Physiological action of certain drugs in tablet form - Number 52A
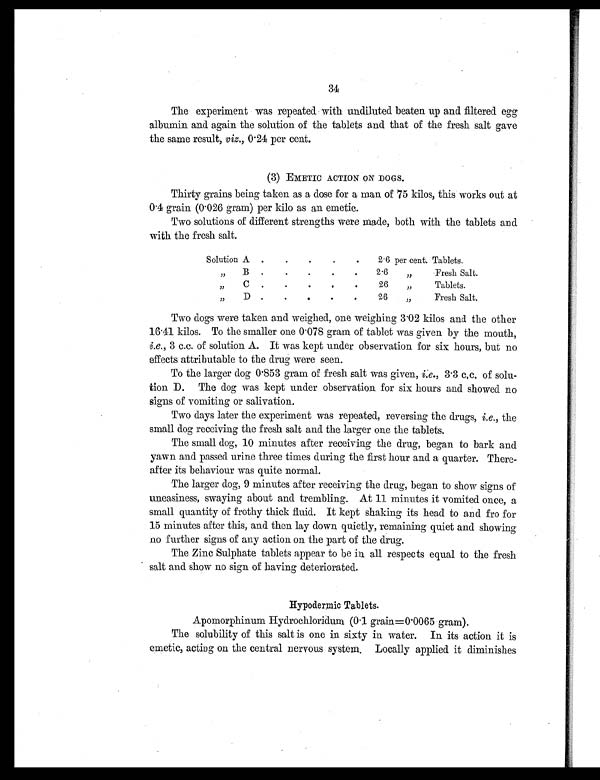
34
The experiment was repeated with undiluted beaten up and filtered egg
albumin and again the solution of the tablets and that of the fresh salt gave
the same result, viz., 0.24 per cent.
(3) EMETIC ACTION ON DOGS.
Thirty grains being taken as a dose for a man of 75 kilos, this works out at
0.4 grain (0.026 gram) per kilo as an emetic.
Two solutions of different strengths were made, both with the tablets and
with the fresh salt.
Solution A .
.
.
.
.
2.6 per cent. Tablets.
" B.
.
.
.
.
.
2.6
" Fresh Salt.
" C .
.
.
•
.
26
"
Tablets.
" D
.
26
"
Fresh Salt.
Two dogs were taken and weighed, one weighing 3.02 kilos and the other
16.41 kilos. To the smaller one 0.078 gram of tablet was given by the mouth,
i.e., 3 c.c. of solution A. It was kept under observation for six hours, but no
effects attributable to the drug were seen.
To the larger dog 0.853 gram of fresh salt was given, i.e., 3.3 c.c. of solu
-tion B. The dog was kept under observation for six hours and showed no
signs of vomiting or salivation.
Two days later the experiment was repeated, reversing the drugs, i.e., the
small dog receiving the fresh salt and the larger one the tablets.
The small dog, 10 minutes after receiving the drug, began to bark and
yawn and passed urine three times during the first hour and a quarter. There
-after its behaviour was quite normal.
The larger clog, 9 minutes after receiving the drug, began to show signs of
uneasiness, swaying about and trembling. At 11 minutes it vomited once, a
small quantity of frothy thick fluid. It kept shaking its head to and fro for
15 minutes after this, and then lay down quietly, remaining quiet and showing
no further signs of any action on the part of the drug.
The Zinc Sulphate tablets appear to be in all respects equal to the fresh
salt and show no sign of having deteriorated.
Hypodermic Tablets.
Apomorphinum Hydrochloridum (0.1 grain =0.0065 gram).
The solubility of this salt is one in sixty in water. In its action it is
emetic, acting on the central nervous system. Locally applied it diminishes